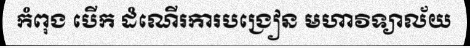
កំពុង បើក ដំណើរការបង្រៀន មហាវិទ្យាល័យ